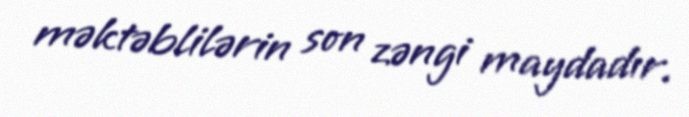
məktəblilərin son zəngi maydadır.